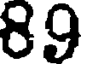
89